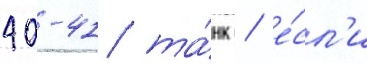
40-41 та́нк / е́сл'и